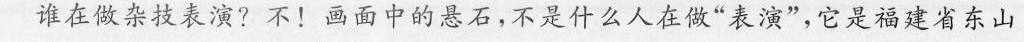
谁在做杂技表演?不！画面中的悬石，不是什么人在做”表演”，它是福建省东山